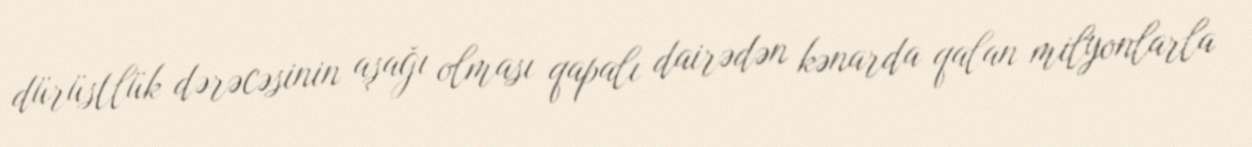
dürüstlük dərəcəsinin aşağı olması qapalı dairədən kənarda qalan milyonlarla